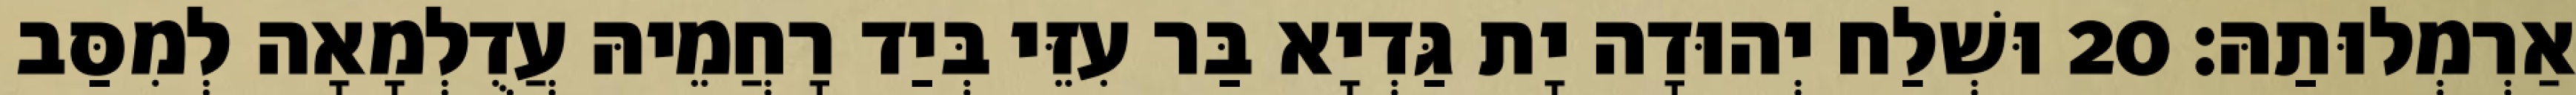
אַרְמְלוּתַהּ׃ 20 וּשְׁלַח יְהוּדָה יָת גַּדְיָא בַּר עִזֵּי בְּיַד רָחֲמֵיהּ עֲדֻלְמָאָה לְמִסַּב